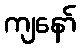
ကျနော်